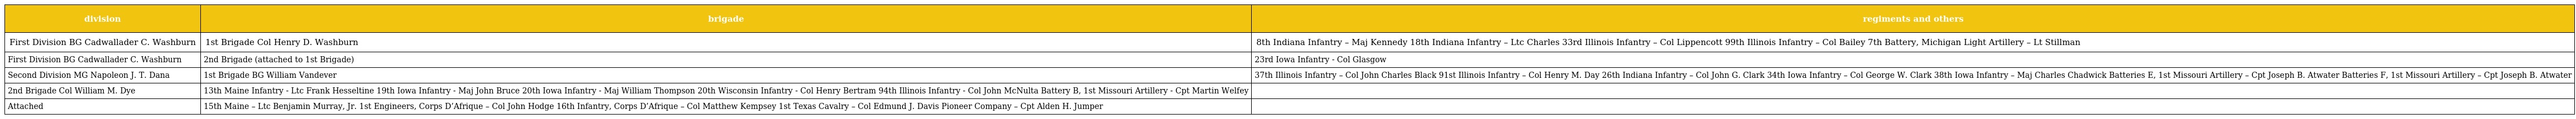
| division | brigade | regiments and others |
 | --- | --- | --- |
 | First Division BG Cadwallader C. Washburn | 1st Brigade Col Henry D. Washburn | 8th Indiana Infantry – Maj Kennedy 18th Indiana Infantry – Ltc Charles 33rd Illinois Infantry – Col Lippencott 99th Illinois Infantry – Col Bailey 7th Battery, Michigan Light Artillery – Lt Stillman |
 | First Division BG Cadwallader C. Washburn | 2nd Brigade (attached to 1st Brigade) | 23rd Iowa Infantry - Col Glasgow |
 | Second Division MG Napoleon J. T. Dana | 1st Brigade BG William Vandever | 37th Illinois Infantry – Col John Charles Black 91st Illinois Infantry – Col Henry M. Day 26th Indiana Infantry – Col John G. Clark 34th Iowa Infantry – Col George W. Clark 38th Iowa Infantry – Maj Charles Chadwick Batteries E, 1st Missouri Artillery – Cpt Joseph B. Atwater Batteries F, 1st Missouri Artillery – Cpt Joseph B. Atwater |
 | 2nd Brigade Col William M. Dye | 13th Maine Infantry - Ltc Frank Hesseltine 19th Iowa Infantry - Maj John Bruce 20th Iowa Infantry - Maj William Thompson 20th Wisconsin Infantry - Col Henry Bertram 94th Illinois Infantry - Col John McNulta Battery B, 1st Missouri Artillery - Cpt Martin Welfey |  |
 | Attached | 15th Maine – Ltc Benjamin Murray, Jr. 1st Engineers, Corps D’Afrique – Col John Hodge 16th Infantry, Corps D’Afrique – Col Matthew Kempsey 1st Texas Cavalry – Col Edmund J. Davis Pioneer Company – Cpt Alden H. Jumper |  |